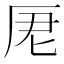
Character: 𠩑